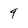
Character: 9